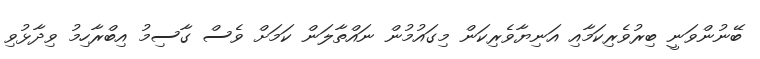
ބޭނުންވަނީ ބިރުވެރިކަމާއި އަނިޔާވެރިކަން މިގައުމުން ނައްތާލަން ކަމަށް ވެސް ގާސިމު އިބްރާހިމު ވިދާޅުވި